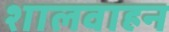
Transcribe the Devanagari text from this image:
शालवाहन